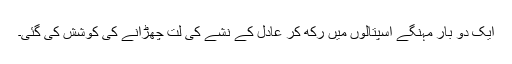
ایک دو بار مہنگے اسپتالوں میں رکھ کر عادل کے نشے کی لت چھڑانے کی کوشش کی گئی۔